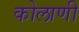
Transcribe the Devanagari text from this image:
कोलाणी